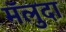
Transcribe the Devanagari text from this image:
मॅलुदा